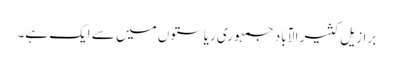
برازیل کثیر الآباد جمہوری ریاستوں میں سے ایک ہے۔